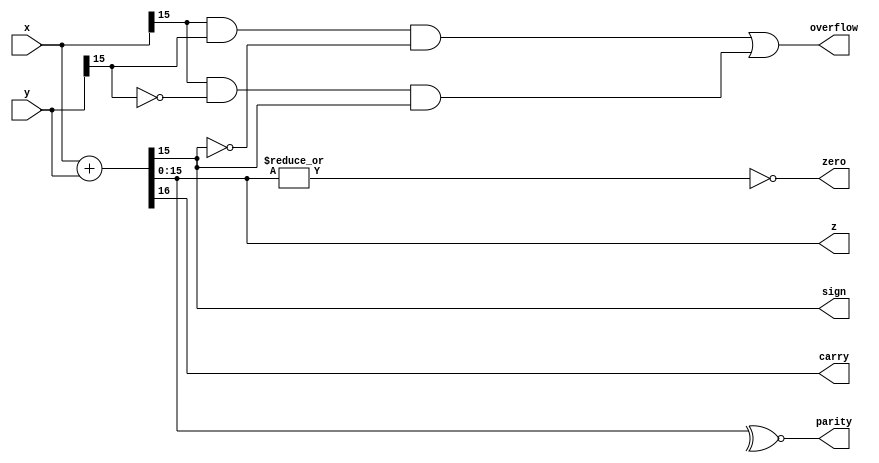
module alu (
    x,y,z,sign,zero,carry,parity,overflow
);
    input [15:0] x,y;
    output [15:0] z;
    output sign,zero,carry,parity,overflow;

    assign {carry,z} = x + y;   // 16-bit addition
    assign sign = z[15];     // most significant digit 1-> - , 0->+
    assign zero = ~|z;      // NOR if output is = 0, zero wii be set to 1
    assign parity = ~^z;    // XNOR even parity = 1 , odd parity=0
    assign overflow = (x[15] & y[15] & ~z[15]) | (x[15] & ~y[15] & z[15]); 


endmodule